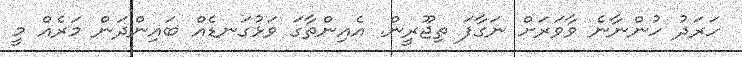
ހަރަދު ހުންނާނެ ވާވަރަށް ނަގާފަ ތިޖޫރީން. އެއިންތާގަ ވަޅުގަނޑެއް ބައިންދަން މަރެއް މީ